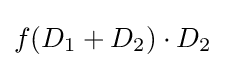
f(D_{1}+D_{2})\cdot D_{2}